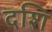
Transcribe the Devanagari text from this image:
दशि